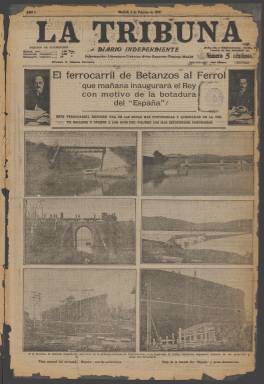
Título: La Tribuna (Madrid. 1912)
Otros títulos: La Tribuna de Madrid
Colección: Periódicos
Ámbito geográfico: Madrid
Lugar de publicación: Madrid
Fechas: 03/02/1912-02/08/1924

Este periódico de gran presencia gráfica nació el 3 de febrero de 1912 y, aunque en su subtítulo alardeaba de diario independiente, lo cierto es que abrazó la causa de Antonio Maura, el líder conservador que llegó a presidir el Gobierno en cinco ocasiones durante el reinado de Alfonso XIII. Siguió esta línea política hasta 1916 en que otro periódico, La Acción, se convertiría en el portavoz de Maura.

   Al principio, según se lee en la historia del periodismo español de Pedro Gómez Aparicio, La Tribuna fue un periódico muy popular e influyente. Fue la continuación madrileña de un diario que con el mismo título se había venido publicando en Barcelona y del que era propietario el industrial Pedro Milá y Camps. Este encomendó la dirección al periodista Salvador Cánovas Cervantes, quien se mostraría particularmente agresivo con Eduardo Dato, otro líder conservador que sería varias veces presidente del Consejo de Ministros.

Durante la I Guerra Mundial, en la que España se mantuvo neutral, los periódicos mostraron su inclinación a uno u otro de los bandos contendientes. La Tribuna se caracterizó por su neutralidad, pero dejando ver su simpatía hacía Alemania.

   Nota destacada de este periódico fueron sus colaboradores, entre los que figura el gran caricaturista Luis Bagaría. Este comenzó su carrera en Barcelona y vino a Madrid para trabajar primero en La Tribuna antes de pasar al diario El Sol. K-Hito, otro grande de la caricatura, también trabajó para La Tribuna.

 Entre los escritores con los que contó el periódico figuran Ramón Pérez de Ayala y Ramón Gómez de la Serna. Otros colaboradores fueron Tomás Borrás y el filólogo Julio Cejador. Las crónicas teatrales corrían a cargo de Eduardo Zamacois y la crítica musical de Amadeo Vives. Con un gran sueldo para la época trabajó como corresponsal en Londres Julio Camba.

      El periódico comenzó su andadura con 12 páginas de media para ir subiendo progresivamente a 24 y 32 y terminar con solo 4 páginas en su última época tras la dictadura del general Primo de Rivera en septiembre de 1923 y la censura de prensa que trajo consigo. Continuó así hasta su desaparición en 1924.

    El amplio empleo de la fotografía en sus páginas fue uno de los recursos que dio gran popularidad a la Tribuna. Posteriormente llegó utilizar la caricatura para sus portadas, publicándolas a toda página.

  La colección original que posee la biblioteca Nacional de España no incluye el volumen 1 de 1915 (enero-marzo).  Además, debido a su mal estado de conservación no ha sido posible digitalizar, por el momento, los siguientes volúmenes:

1912: Vol. 1
1913: Vol. 7
1922: Vol. 41
1923-1924: Vol. 45

[Descripción publicada el 14/08/2023]